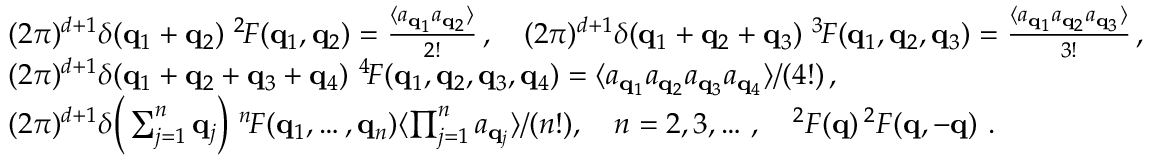
\begin{array} { r l } & { ( 2 \pi ) ^ { d + 1 } \delta ( { { \bf q } _ { 1 } } + { { \bf q } _ { 2 } } ) \ ^ { 2 \! } { \cal F } ( { { \bf q } _ { 1 } } , { { \bf q } _ { 2 } } ) = \frac { \langle a _ { { \bf q } _ { 1 } } a _ { { \bf q } _ { 2 } } \rangle } { 2 ! } \, , \quad ( 2 \pi ) ^ { d + 1 } \delta ( { { \bf q } _ { 1 } } + { { \bf q } _ { 2 } } + { { \bf q } _ { 3 } } ) \ ^ { 3 \! } { \cal F } ( { { \bf q } _ { 1 } } , { { \bf q } _ { 2 } } , { { \bf q } _ { 3 } } ) = \frac { \langle a _ { { \bf q } _ { 1 } } a _ { { \bf q } _ { 2 } } a _ { { \bf q } _ { 3 } } \rangle } { 3 ! } \, , } \\ & { ( 2 \pi ) ^ { d + 1 } \delta ( { { \bf q } _ { 1 } } + { { \bf q } _ { 2 } } + { { \bf q } _ { 3 } } + { { \bf q } _ { 4 } } ) \ ^ { 4 \! } { \cal F } ( { { \bf q } _ { 1 } } , { { \bf q } _ { 2 } } , { { \bf q } _ { 3 } } , { { \bf q } _ { 4 } } ) = \langle a _ { { \bf q } _ { 1 } } a _ { { \bf q } _ { 2 } } a _ { { \bf q } _ { 3 } } a _ { { \bf q } _ { 4 } } \rangle / ( 4 ! ) \, , } \\ & { ( 2 \pi ) ^ { d + 1 } \delta \Big ( \sum _ { j = 1 } ^ { n } { { \bf q } _ { j } } \Big ) \ ^ { n \! } { \cal F } ( { { \bf q } _ { 1 } } , \dots , { { \bf q } _ { n } } ) \= { \langle \prod _ { j = 1 } ^ { n } a _ { { \bf q } _ { j } } \rangle } / { ( n ! ) } , ~ ~ ~ n = 2 , 3 , \dots \, , \quad ^ { 2 } { \cal F } ( { \bf q } ) \= \, ^ { 2 } { \cal F } ( { \bf q } , - { \bf q } ) \ . } \end{array}